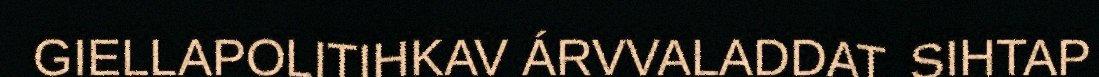
GIELLAPOLITIHKAV ÁRVVALADDAT. SIHTAP